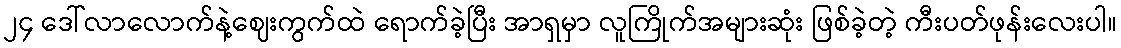
၂၄ ဒေါ်လာလောက်နဲ့ဈေးကွက်ထဲ ရောက်ခဲ့ပြီး အာရှမှာ လူကြိုက်အများဆုံး ဖြစ်ခဲ့တဲ့ ကီးပတ်ဖုန်းလေးပါ။